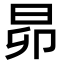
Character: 昴